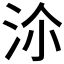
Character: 𣳅